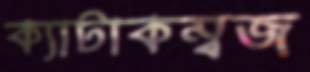
ক্যাটাকম্বজ